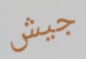
جيش